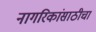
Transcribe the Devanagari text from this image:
नागरिकांसाठीचा